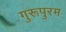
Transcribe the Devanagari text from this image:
गुरूपुरम